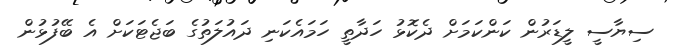
ސިޔާސީ ލީޑަރުން ކަންކަމަށް ދެކޮޅު ހަދާތީ ހަމައެކަނި ދައުލަތުގެ ބަޖެޓަކަށް އެ ބޭފުޅުން